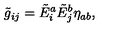
\tilde { g } _ { i j } = \tilde { E } _ { i } ^ { a } \tilde { E } _ { j } ^ { b } \eta _ { a b } , \